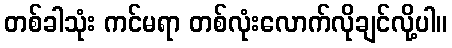
တစ်ခါသုံး ကင်မရာ တစ်လုံးလောက်လိုချင်လို့ပါ။